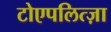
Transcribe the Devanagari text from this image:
टोएपलित्ज़ा